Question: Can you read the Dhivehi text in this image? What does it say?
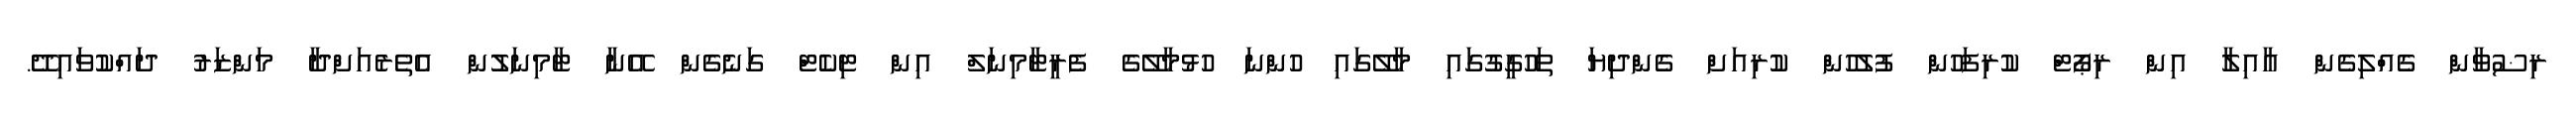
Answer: ރިޟުވާން ގެއްލިގެން އާއިލާ އިން ރިޕޯޓް ކުރިފަހުން ފުލުހުން ކުރިއަށް ގެންދިޔަ ތަހުގީގުގައި މާލޭގައި ހުންނަ ހުޅުމާލޭގެ ފެރީޓާމިނަލް އިން ޓިކެޓް ގަނެގެން އޭނާ ޓާމިނަލުން އެތެރެއަށްދާ މަންޒަރު ދައްކުވައިދޭ.